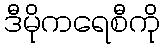
ဒီမိုကရေစီကို